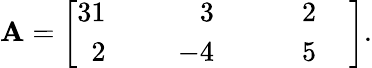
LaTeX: \mathbf{A}=\left[{\begin{array}{rlrlrl}{{3}1}&{{}}&{3}&{{}}&{2}&{{}}\\ {2}&{{}}&{\; \; -4}&{{}}&{\; \; \; \; 5}&{{}}\end{array}}\, \right]{\mathrm{{.}}}